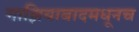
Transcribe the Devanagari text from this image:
गाझियाबादमधूनच